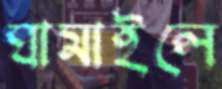
ঘামাইলে